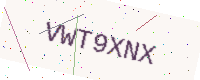
Text: VWT9XNX